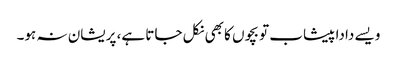
ویسے دادا پیشاب تو بچوں کا بھی نکل جاتا ہے، پریشان نہ ہو۔